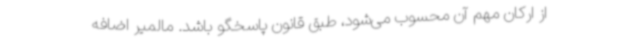
از ارکان مهم آن محسوب می‌شود، طبق قانون پاسخگو ‌باشد. مالمیر اضافه